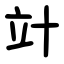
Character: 竍